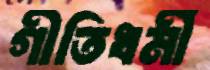
গীতিধর্মী